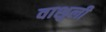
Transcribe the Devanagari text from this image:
वाशुली